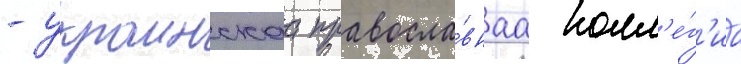
- украинскаа правосла́внаа колл'е́г'иа